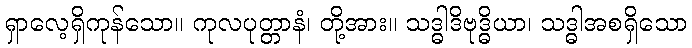
ရှာလေ့ရှိကုန်သော။ ကုလပုတ္တာနံ၊ တို့အား။ သဒ္ဓါဒိဗုဒ္ဓိယာ၊ သဒ္ဓါအစရှိသော